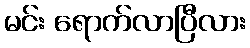
မင်း ရောက်လာပြီလား